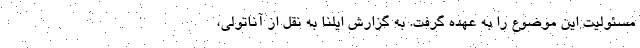
مسئولیت این موضوع را به عهده گرفت. به گزارش ایلنا به نقل از آناتولی،